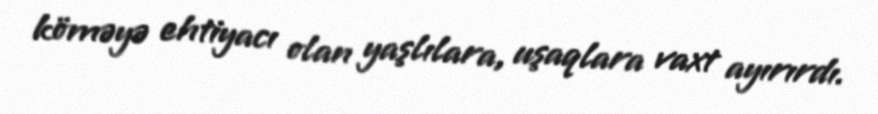
köməyə ehtiyacı olan yaşlılara, uşaqlara vaxt ayırırdı.